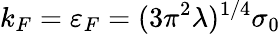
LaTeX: k_{F}=\varepsilon_{F}=(3\pi^{2}\lambda)^{1/4}\sigma_{0}